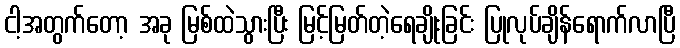
ငါ့အတွက်တော့ အခု မြစ်ထဲသွားပြီး မြင့်မြတ်တဲ့ရေချိုးခြင်း ပြုလုပ်ချိန်ရောက်လာပြီ